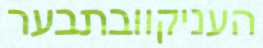
העניקוובתבער